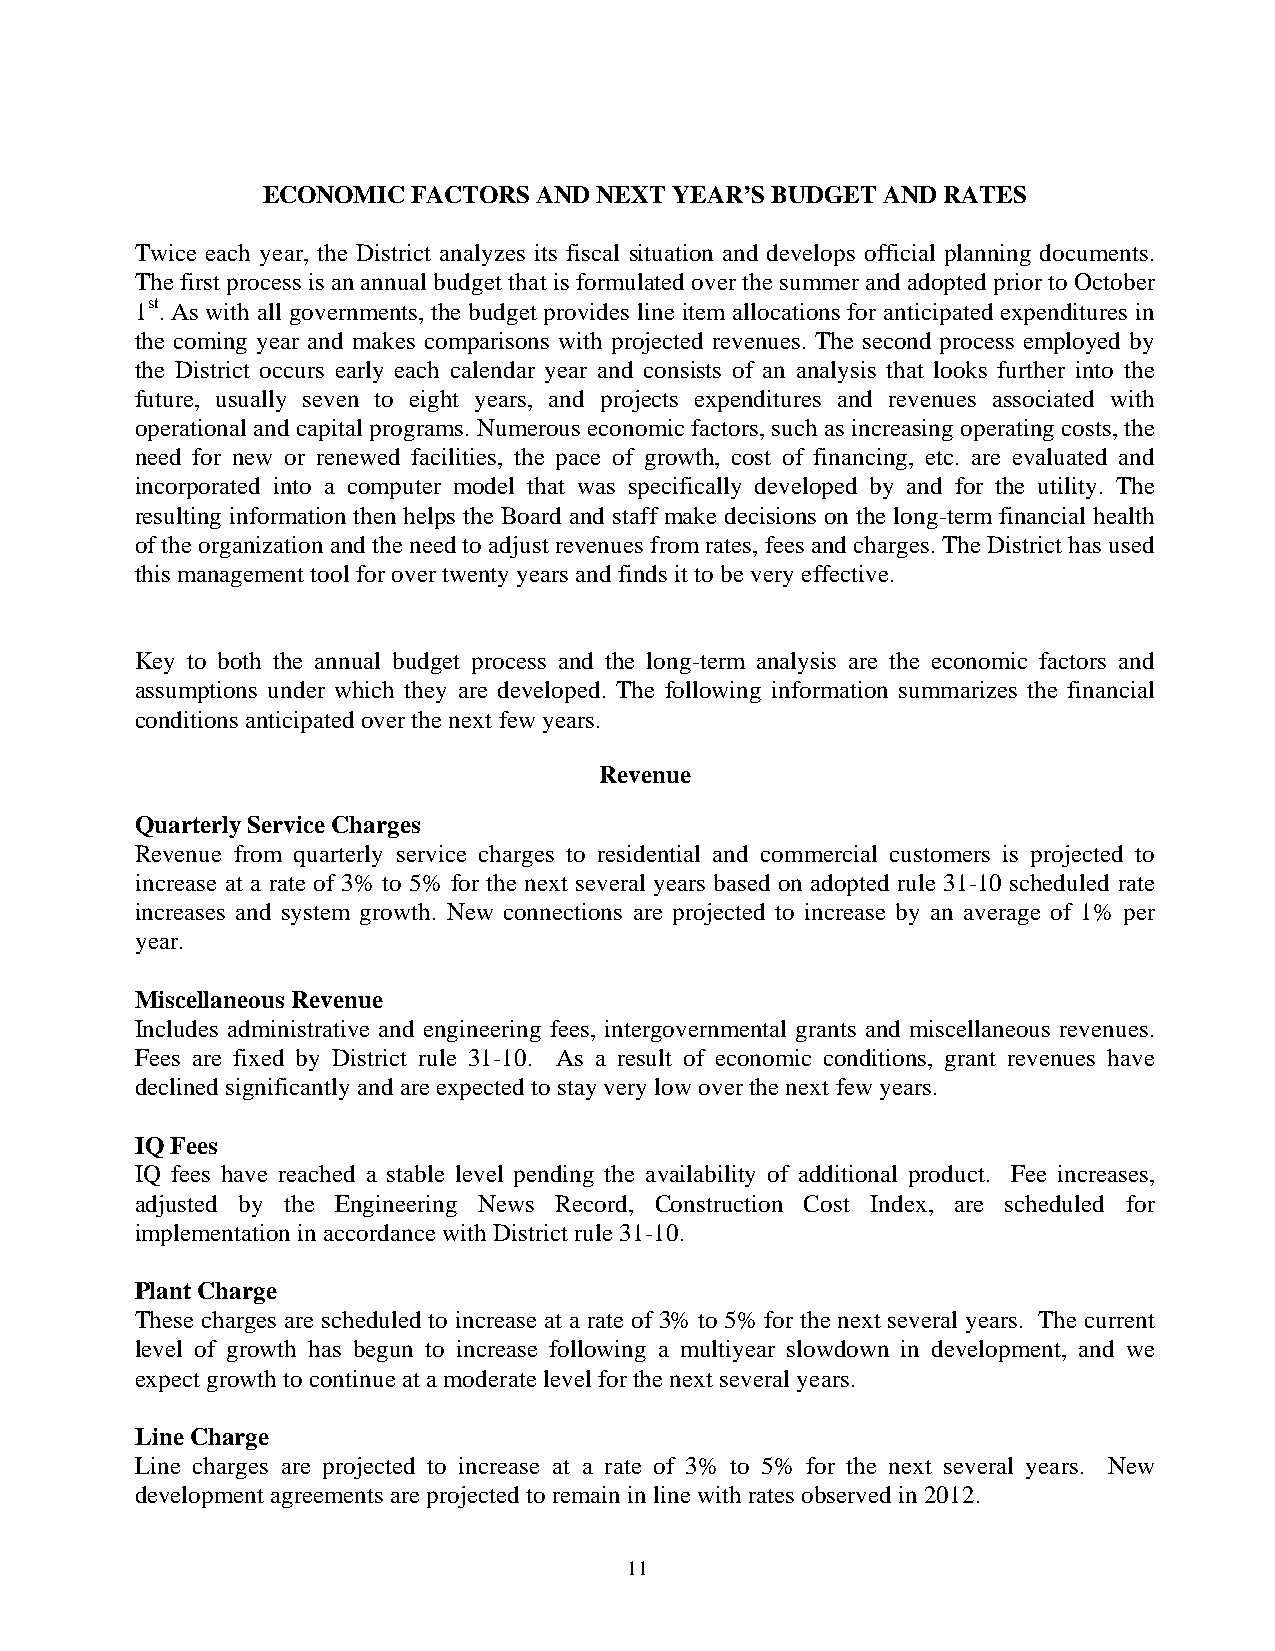
ECONOMIC  FACTORS  AND NEXT YEAR’S BUDGET AND RATES
 Twice each year, the District analyzes its fiscal situation and develops official planning documents.
 The first process is an annual budget that is formulated over the summer and adopted prior to October
 1st. As with all governments, the budget provides line item allocations for anticipated expenditures in
 the coming year and makes comparisons with projected revenues. The second process employed by
 the District occurs early each calendar year and consists of an analysis that looks further into the
 future, usually seven to eight years, and projects expenditures and revenues associated with
 operational and capital programs. Numerous economic factors, such as increasing operating costs, the
 need for new or renewed facilities, the pace of growth, cost of financing, etc. are evaluated and
 incorporated into a computer model that was specifically developed by and for the utility. The
 resulting information then helps the Board and staff make decisions on the long-term financial health
 of the organization and the need to adjust revenues from rates, fees and charges. The District has used
 this management tool for over twenty years and finds it to be very effective.
 Key to both the annual budget process and the long-term analysis are the economic factors and
 assumptions under which they are developed. The following information summarizes the financial
 conditions anticipated over the next few years.
 Revenue
 Quarterly Service Charges
 Revenue from quarterly service charges to residential and commercial customers is projected to
 increase at a rate of 3% to 5% for the next several years based on adopted rule 31-10 scheduled rate
 increases and system growth. New connections are projected to increase by an average of 1% per
 year.
 Miscellaneous Revenue
 Includes administrative and engineering fees, intergovernmental grants and miscellaneous revenues.
 Fees are fixed by District rule 31-10. As a result of economic conditions, grant revenues have
 declined significantly and are expected to stay very low over the next few years.
 IQ Fees
 IQ fees have reached a stable level pending the availability of additional product. Fee increases,
 adjusted by the Engineering News Record, Construction Cost Index, are scheduled for
 implementation in accordance with District rule 31-10.
 Plant Charge
 These charges are scheduled to increase at a rate of 3% to 5% for the next several years. The current
 level of growth has begun to increase following a multiyear slowdown in development, and we
 expect growth to continue at a moderate level for the next several years.
 Line Charge
 Line charges are projected to increase at a rate of 3% to 5% for the next several years. New
 development agreements are projected to remain in line with rates observed in 2012.
 11